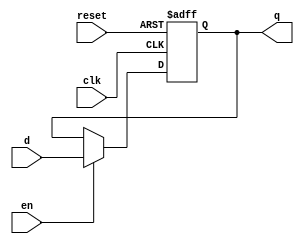
// Listing 4.4
module d_ff_en_2seg
   (
    input wire clk, reset,
    input wire en,
    input wire d,
    output reg q
   );

   // signal declaration
   reg r_reg, r_next;

   // body
   // D FF
   always @(posedge clk, posedge reset)
      if (reset)
         r_reg <= 1'b0;
      else
         r_reg <= r_next;

   // next-state logic
   always @*
      if (en)
         r_next = d;
      else
         r_next = r_reg;

   // output logic
   always @*
      q = r_reg;

endmodule